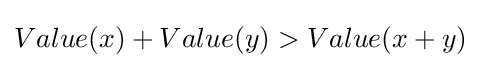
Value(x)+Value(y)>Value(x+y)